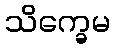
သိက္ခေမ